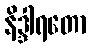
နိဒ္ဒါရတော